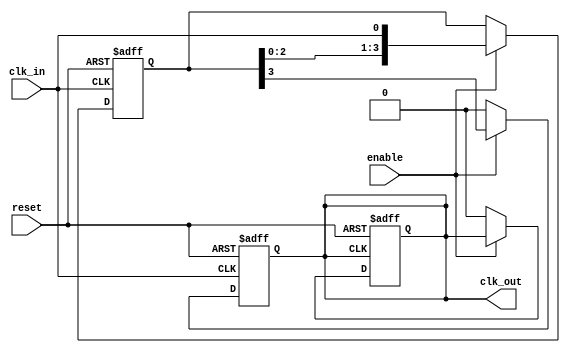
module skew_optimized_clock_buffer (
    input wire clk_in,         // Single-ended input clock signal
    output reg clk_out,       // Buffered output clock signal
    input wire enable,        // Control signal to enable or disable the clock buffer
    input wire reset          // Asynchronous reset signal
);

    // Parameters for delay control
    parameter DELAY_STAGES = 4; // Number of delay stages
    parameter DELAY_UNIT = 1;    // Delay unit (can be adjusted based on technology)

    // Internal signals
    reg [DELAY_STAGES-1:0] delay_line; // Delay line for skew optimization
    reg clk_delayed;                   // Delayed clock signal

    // Clock buffering with adjustable delay
    always @(posedge clk_in or posedge reset) begin
        if (reset) begin
            delay_line <= 0;
            clk_out <= 0;
        end else if (enable) begin
            // Shift the delay line
            delay_line <= {delay_line[DELAY_STAGES-2:0], clk_in};
            // Output the last stage of the delay line
            clk_out <= delay_line[DELAY_STAGES-1];
        end else begin
            clk_out <= 0; // Disable output when not enabled
        end
    end

    // Additional clock gating to minimize power consumption
    always @(posedge clk_out or posedge reset) begin
        if (reset) begin
            clk_out <= 0; // Reset output clock
        end else if (!enable) begin
            clk_out <= 0; // Gated clock output when not enabled
        end
    end

endmodule